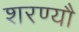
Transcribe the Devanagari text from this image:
शरण्यौ